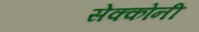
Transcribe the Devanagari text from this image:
सेक्कोनी